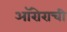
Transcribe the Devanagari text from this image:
ऑरोराची